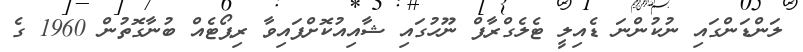
ލަންޑަންގައި ނުކުންނަ ޑެއިލީ ޓެލެގްރާފް ނޫހުގައި ޝާއިއުކޮށްފައިވާ ރިޕޯޓެއް ބުނާގޮތުން 1960 ގެ